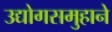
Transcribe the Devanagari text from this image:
उद्योगसमुहाने